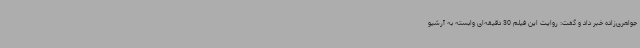
جواهری‌زاده خبر داد و گفت: روایت این فیلم 30 دقیقه‌ای وابسته به آرشیو